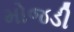
મોજડી